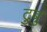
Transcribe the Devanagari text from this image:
टुबु